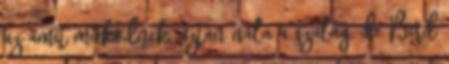
az amit működnek, aztán nála a szalag, de Bird